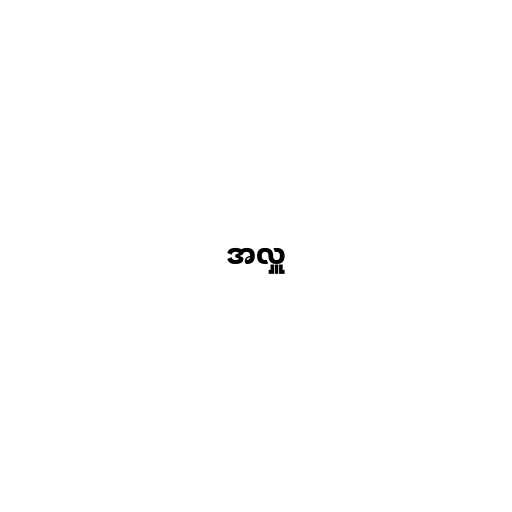
အလှူ